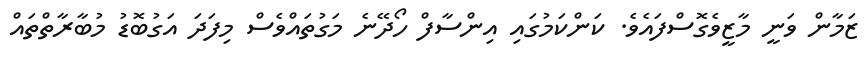
ޒަމާން ވަނީ މާޒީވެގޮސްފައެވެ. ކަންކަމުގައި އިންސާފް ހޯދޭނެ މަގުތައްވެސް މިފަދަ އަގުބޮޑު މުބާރާތްތައް